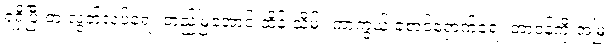
ရရှိပြီးတဲ့ လွတ်လပ်ရေး တည်မြဲအောင် ထိန်းသိမ်း ကာကွယ် စောင့်ရှောက်ရေး တာဝန်ကို အမြဲ